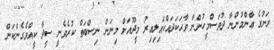
ރަށުގެ ޢާންމުންނާ ދުވަސްމީހުންނާ ވާހަކަދައްކައިލިއިރު މީދޫއަށް މިނަން ނިސްބަތް ކުރެވެނީ ސީދާ ކީއްވެގެންކަން